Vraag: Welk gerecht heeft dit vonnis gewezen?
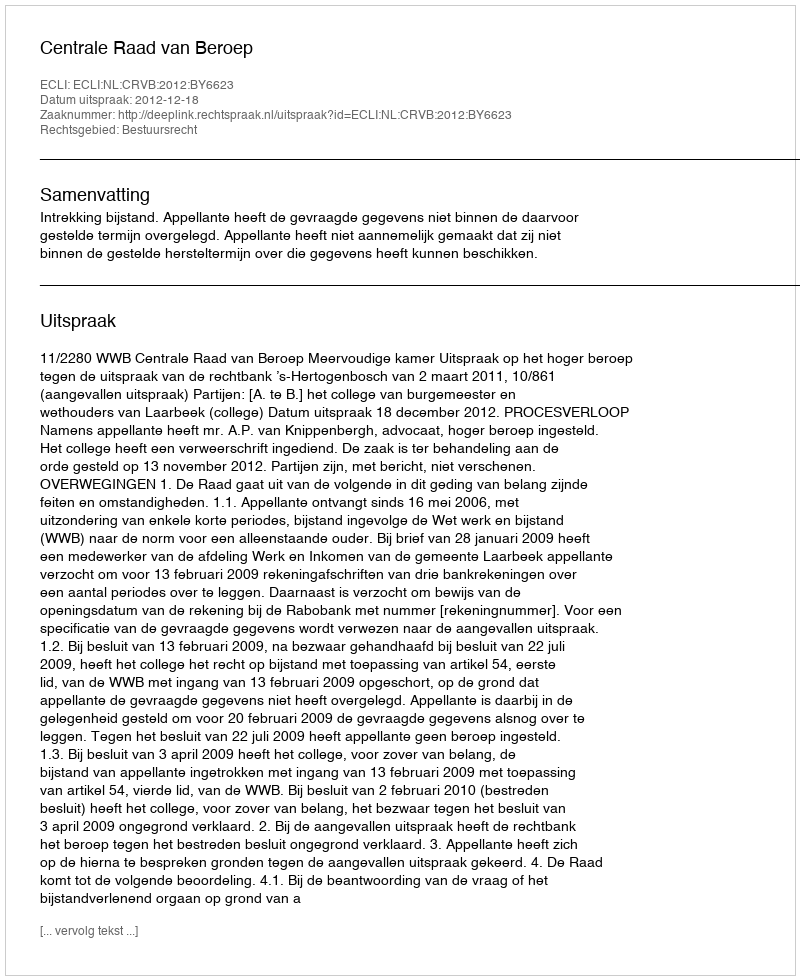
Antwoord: Centrale Raad van Beroep